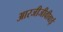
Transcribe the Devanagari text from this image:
आरजीजीवीवाई